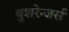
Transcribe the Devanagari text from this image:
बुशरेन्जर्स